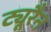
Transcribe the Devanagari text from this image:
ट्यूरैन